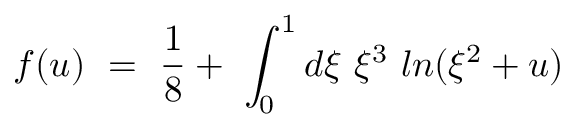
f ( u ) \ = \ \frac { 1 } { 8 } + \ \int _ { 0 } ^ { 1 } d \xi \ \xi ^ { 3 } \ l n ( \xi ^ { 2 } + u )